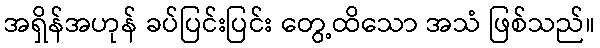
အရှိန်အဟုန် ခပ်ပြင်းပြင်း တွေ့ထိသော အသံ ဖြစ်သည်။